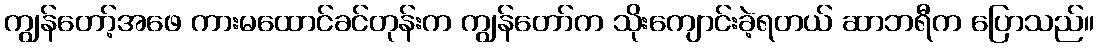
ကျွန်တော့်အဖေ ကားမထောင်ခင်တုန်းက ကျွန်တော်က သိုးကျောင်းခဲ့ရတယ် ဆာဘရီက ပြောသည်။